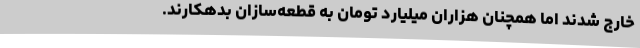
خارج شدند اما همچنان هزاران میلیارد تومان به قطعه‌سازان بدهکارند.